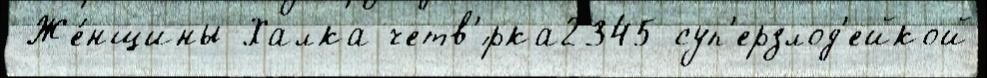
 Же́нщины-Халка четв'́рка2345 суп'ерзлод'ейкой